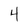
Character: 4